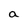
Character: a